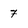
Character: 7